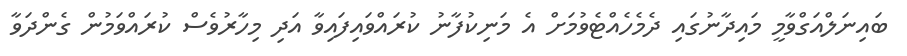
ބައިނަލްއަގްވާމީ މައިދާނުގައި ދެމެހެއްޓެވުމަށް އެ މަނިކުފާނު ކުރައްވައިފައިވާ އަދި މިހާރުވެސް ކުރައްވަމުން ގެންދަވާ